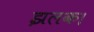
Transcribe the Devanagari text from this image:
झलक।